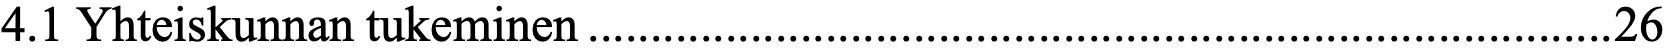
4.1 Yhteiskunnan tukeminen .................................................................................. 26